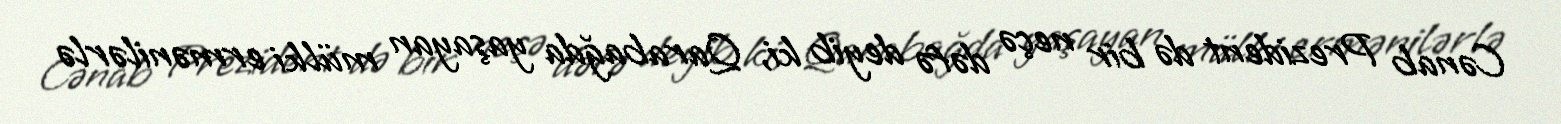
Cənab Prezident də bir neçə dəfə deyib ki, Qarabağda yaşayan mülki ermənilərlə